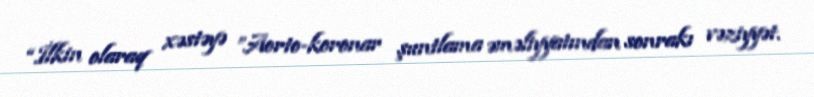
“İlkin olaraq xəstəyə ”Aorto-koronar şuntlama əməliyyatından sonrakı vəziyyət.